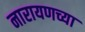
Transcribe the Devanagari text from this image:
नारायणच्या